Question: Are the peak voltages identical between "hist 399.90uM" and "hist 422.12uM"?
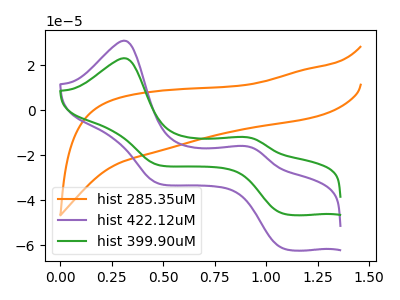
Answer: <think>The orange curve "hist 285.35uM" has no peaks. The purple curve "hist 422.12uM" has anodic peaks at (0.30V, 30.95uA) (0.90V, -15.95uA) and cathodic peaks at (1.10V, -61.50uA) (0.50V, -32.55uA). The green curve "hist 399.90uM" has anodic peaks at (0.30V, 23.15uA) (0.90V, -11.95uA) and cathodic peaks at (1.10V, -46.00uA) (0.50V, -24.35uA).</think>
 <answer>Yes, "hist 399.90uM" have a peak in "hist 422.12uM" at the same potential.</answer>
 <eval>match</eval>